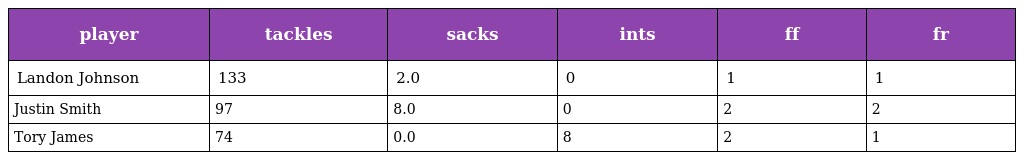
| player | tackles | sacks | ints | ff | fr |
 | --- | --- | --- | --- | --- | --- |
 | Landon Johnson | 133 | 2.0 | 0 | 1 | 1 |
 | Justin Smith | 97 | 8.0 | 0 | 2 | 2 |
 | Tory James | 74 | 0.0 | 8 | 2 | 1 |